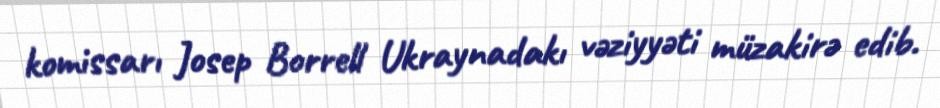
komissarı Josep Borrell Ukraynadakı vəziyyəti müzakirə edib.